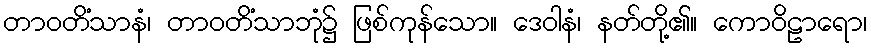
တာဝတိံသာနံ၊ တာဝတိံသာဘုံ၌ ဖြစ်ကုန်သော။ ဒေဝါနံ၊ နတ်တို့၏။ ကောဝိဠာရော၊